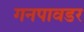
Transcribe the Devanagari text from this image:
गनपावडर